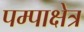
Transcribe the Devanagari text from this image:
पम्पाक्षेत्र